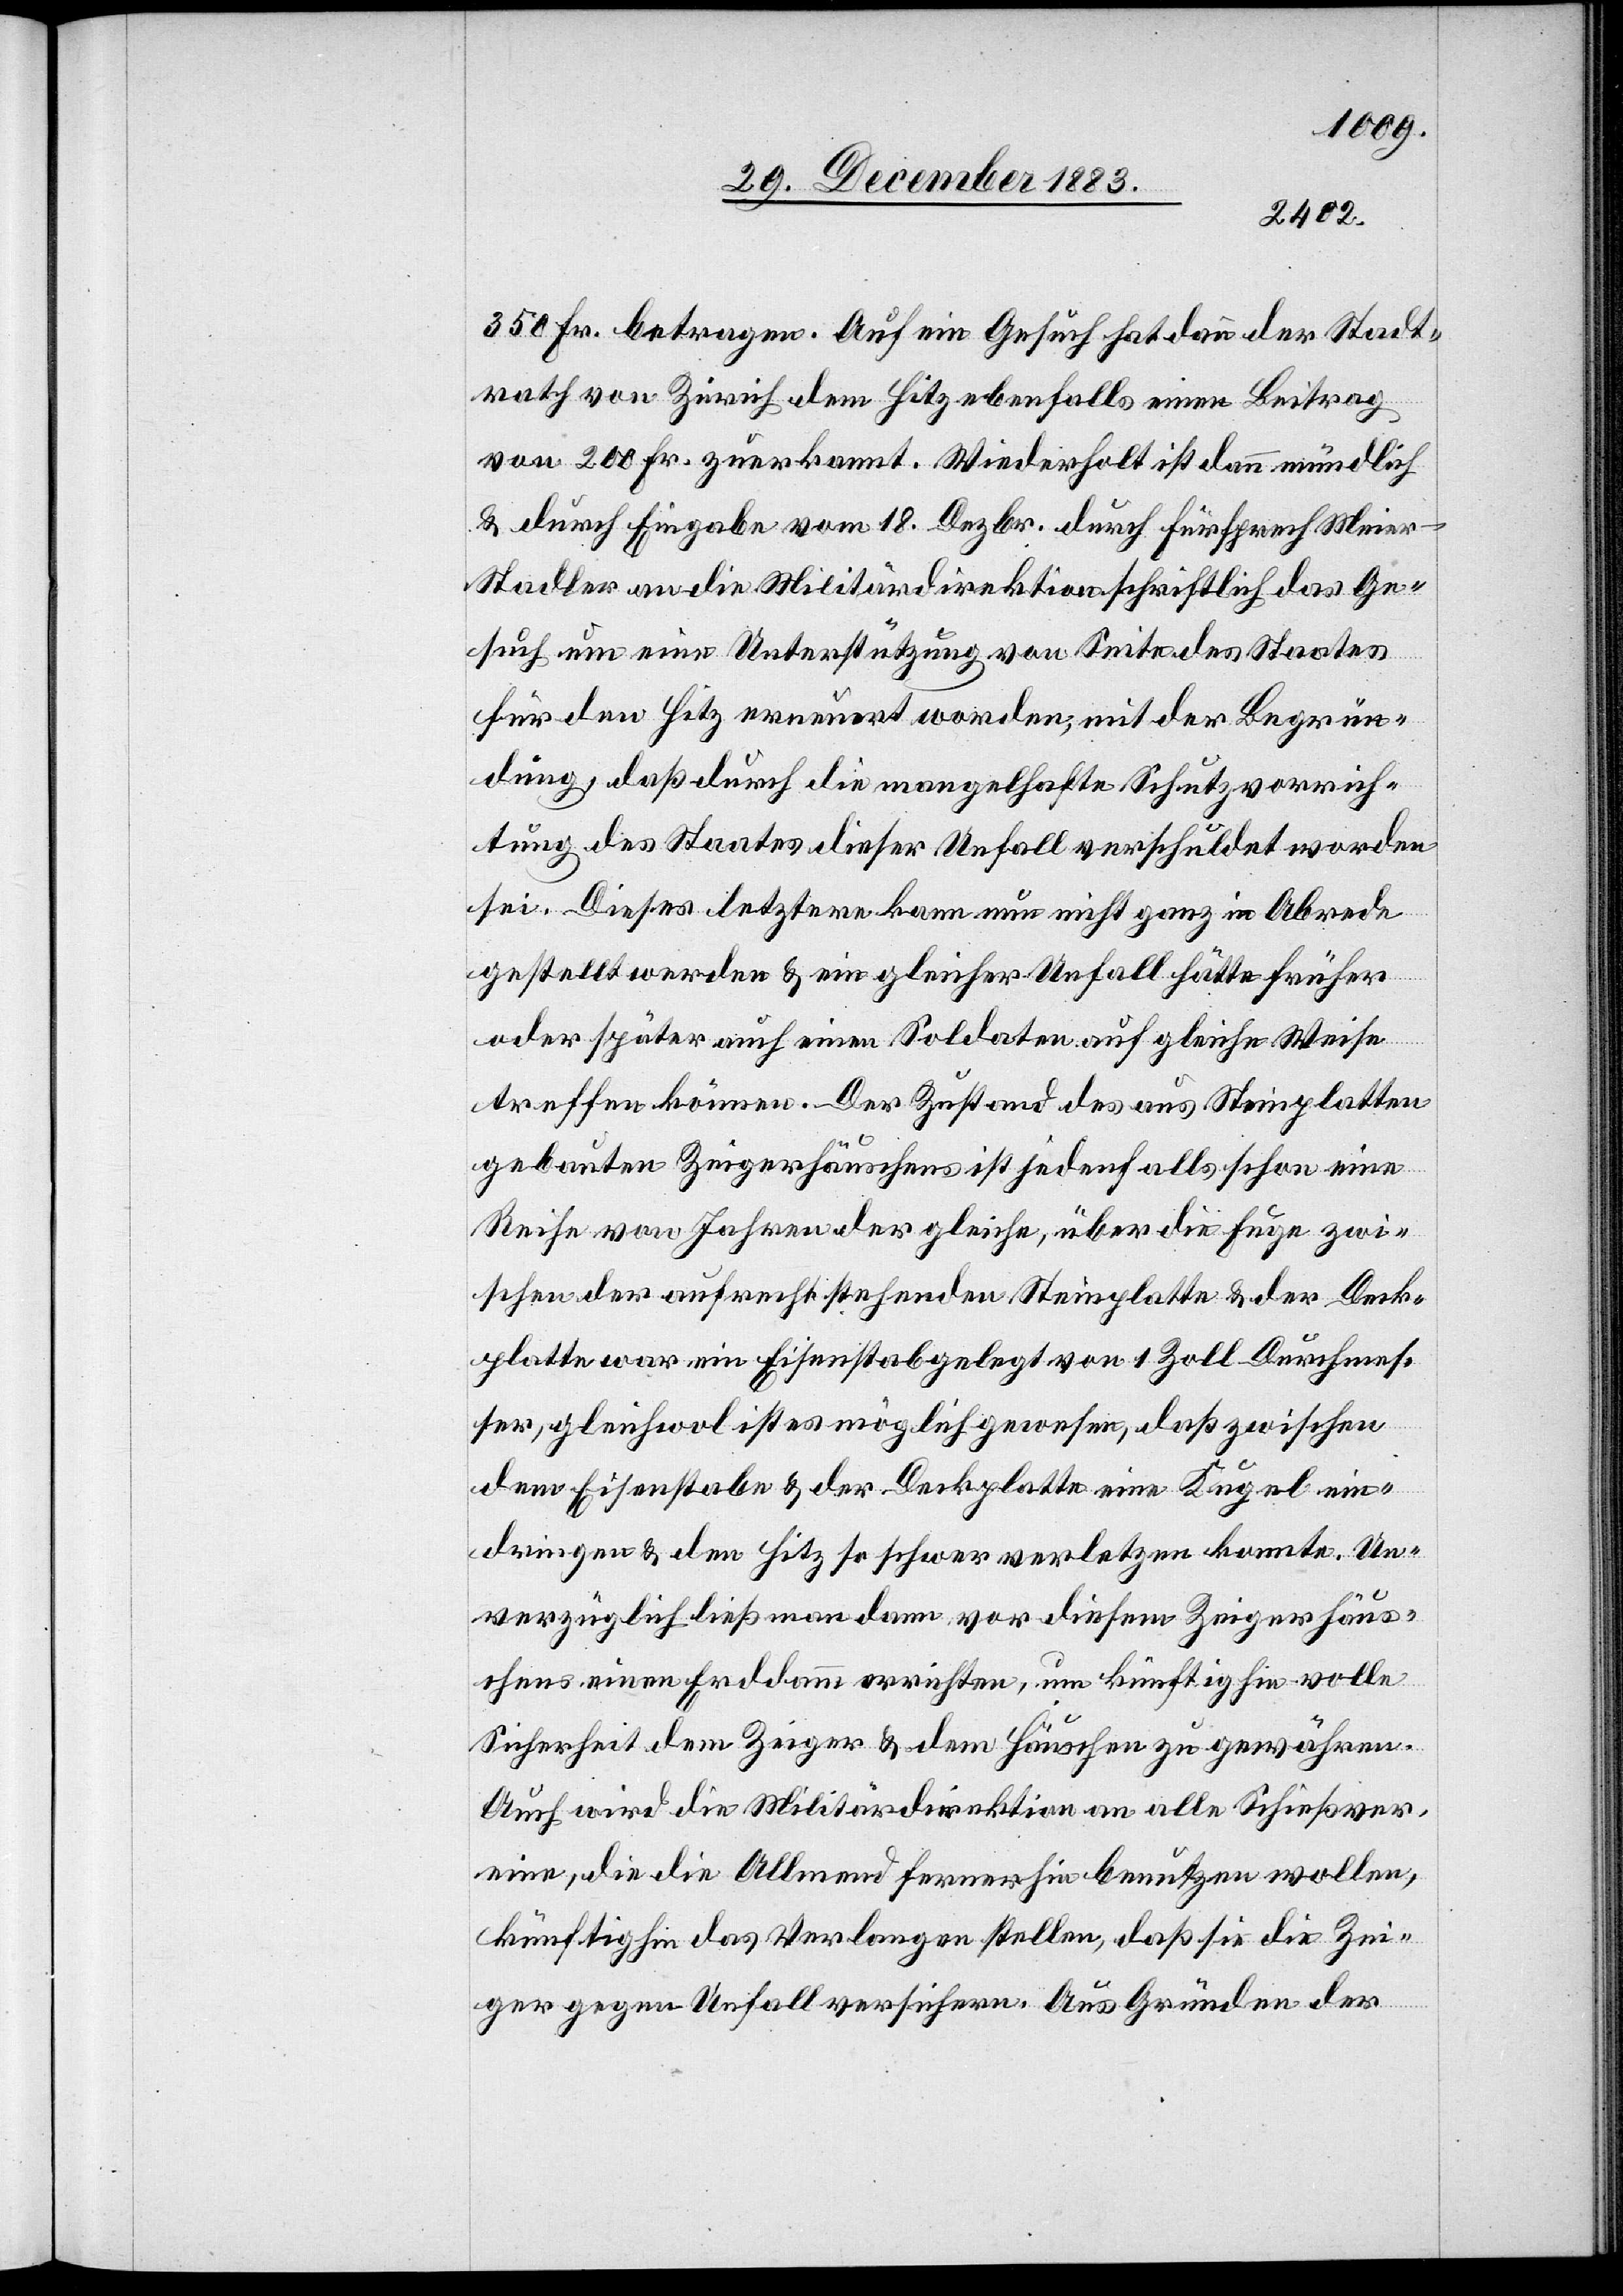
350 Fr. betragen. Auf ein Gesuch hat dann der Stadt¬
rath Zürich dem Hitz ebenfalls einen Beitrag
von 200 Fr. zuerkannt. Wiederholt ist dann mündlich
& durch Eingabe vom 18. Dezbr. durch Fürsprech Meie¬
r-Stadler an die Militärdirektion schriftlich das Ge¬
such um eine Unterstützung von Seite des Staates
für den Hitz erneuert worden, mit der Begrün¬
dung, daß durch die mangelhafte Schutzvorrich¬
tung des Staates dieser Unfall verschuldet worden
sei. Dieses letztere kann nun nicht ganz in Abrede
gestellt werden & ein gleicher Unfall hätte früher
oder später auch einen Soldaten auf gleiche Weise
treffen können. Der Zustand des aus Steinplatten
gebauten Zeigerhäuschens ist jedenfalls schon eine
Reihe von Jahren der gleiche, über die Fuge zwi¬
schen der aufrecht stehenden Steinplatte & der Deck¬
platte war ein Eisenstab gelegt von 1 Zoll Durchmes¬
ser, gleichwol ist es möglich gewesen, daß zwischen
dem Eisenstabe & der Deckplatte eine Kugel ein¬
dringen & den Hitz so schwer verletzen konnte. Un¬
verzüglich ließ man dann vor diesem Zeigerhäus¬
chen einen Erddamm errichten, um künftig hin volle
Sicherheit dem Zeiger & dem Häuschen zu gewähren.
Auch wird die Militärdirektion an alle Schießver¬
eine, die die Allmend fernerhin benutzen wollen,
künftig das Verlangen stellen, daß sie die Zei¬
ger gegen Unfall versichern. Aus Gründen der